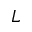
L